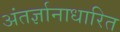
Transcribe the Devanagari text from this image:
अंतर्ज्ञानाधारित